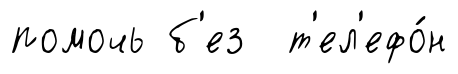
помочь б'ез т'ел'ефо́н